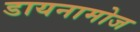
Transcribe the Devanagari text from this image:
डायनामोज